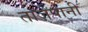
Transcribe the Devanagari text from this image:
ताज़ेपानी